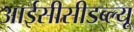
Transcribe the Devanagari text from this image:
आईसीसीडब्‍ल्‍यू